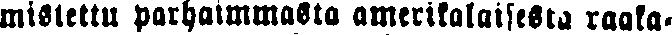
mistettu parhaimmasta amerikalaisesta raaka-